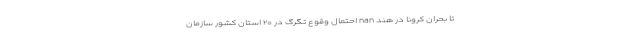
تا بحران کرونا در هند nan احتمال وقوع تگرگ در ۲۰ استان کشور سازمان